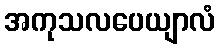
အကုသလပေယျာလံ